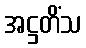
အဋ္ဌတိံသ